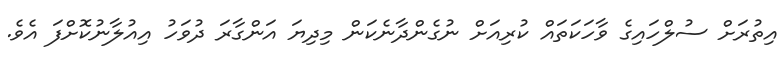
އިތުރަށް ސުލްހައިގެ ވާހަކަތައް ކުރިއަށް ނުގެންދާނެކަން މިދިޔަ އަންގާރަ ދުވަހު އިއުލާނުކޮށްފަ އެވެ.